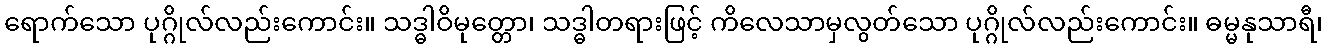
ရောက်သော ပုဂ္ဂိုလ်လည်းကောင်း။ သဒ္ဓါဝိမုတ္တော၊ သဒ္ဓါတရားဖြင့် ကိလေသာမှလွတ်သော ပုဂ္ဂိုလ်လည်းကောင်း။ ဓမ္မနုသာရီ၊